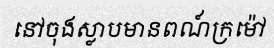
នៅចុងស្លាបមានពណ៍ក្រម៉ៅ